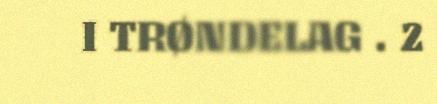
I TRØNDELAG . 2